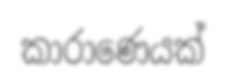
කාරාණෙයක්